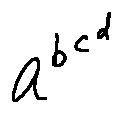
a ^ { b ^ { c ^ { d } } }